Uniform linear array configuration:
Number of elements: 48
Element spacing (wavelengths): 1
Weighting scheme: kaiser
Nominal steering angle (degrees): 45
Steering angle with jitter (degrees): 43.149
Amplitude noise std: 0.05
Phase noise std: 0.05

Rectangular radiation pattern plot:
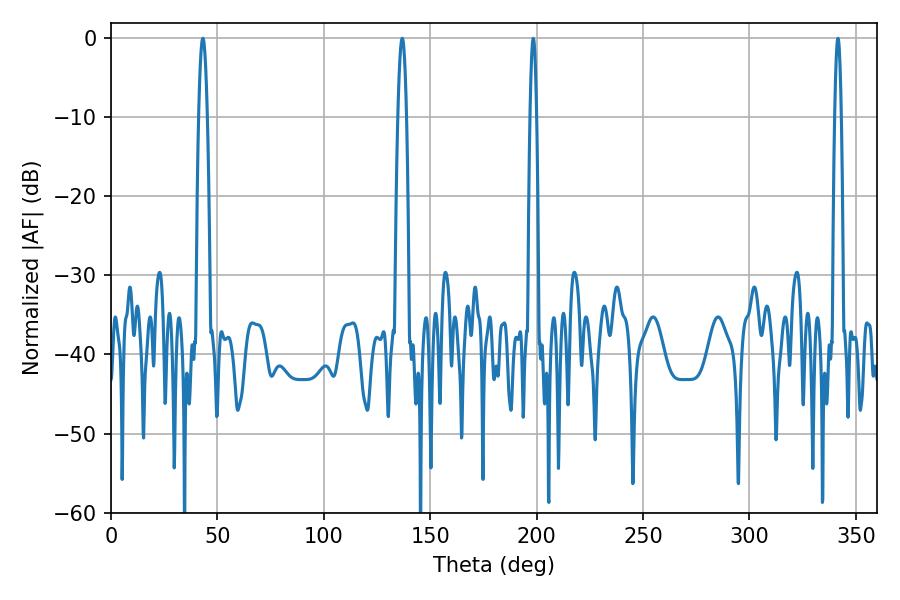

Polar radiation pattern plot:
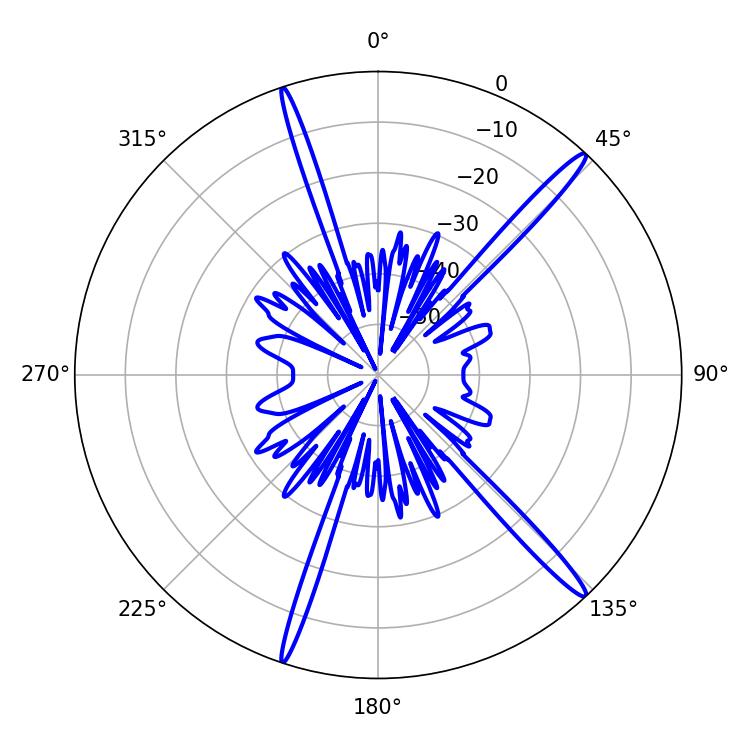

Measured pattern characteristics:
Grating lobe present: TRUE
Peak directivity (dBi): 17.253
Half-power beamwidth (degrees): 2.16
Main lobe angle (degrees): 136.8